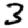
Digit: 3